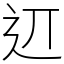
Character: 䢋